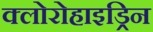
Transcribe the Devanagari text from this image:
क्लोरोहाइड्रिन